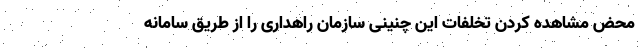
محض مشاهده کردن تخلفات این چنینی سازمان راهداری را از طریق سامانه